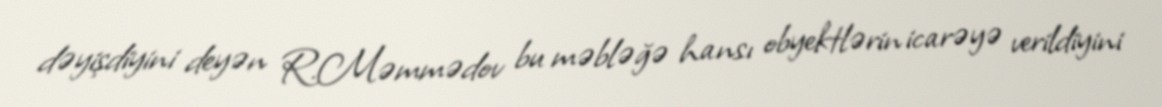
dəyişdiyini deyən R.Məmmədov bu məbləğə hansı obyektlərin icarəyə verildiyini